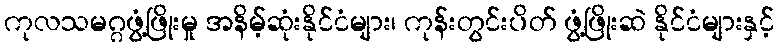
ကုလသမဂ္ဂဖွံ့ဖြိုးမှု အနိမ့်ဆုံးနိုင်ငံများ၊ ကုန်းတွင်းပိတ် ဖွံ့ဖြိုးဆဲ နိုင်ငံများနှင့်